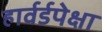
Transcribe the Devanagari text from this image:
हार्वर्डपेक्षा